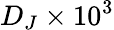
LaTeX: D_{J}\times 10^{3}